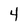
Character: 4